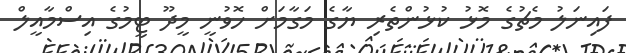
ފައިނަލު މެޗުގެ މޮޅު ކުޅުންތެރި ޔާގެ މަގާމަށް ހޮވުނީ މީދޫ ޓީމުގެ އިސްމާއީލް